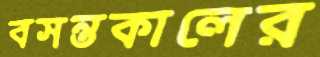
বসন্তকালের